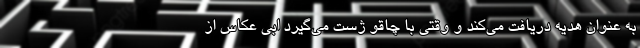
به عنوان هدیه دریافت می‌کند و وقتی با چاقو ژست می‌گیرد ابی عکاس از